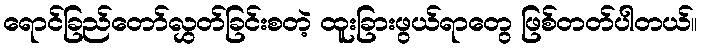
ရောင်ခြည်တော်လွှတ်ခြင်းစတဲ့ ထူးခြားဖွယ်ရာတွေ ဖြစ်တတ်ပါတယ်။